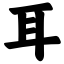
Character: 耳